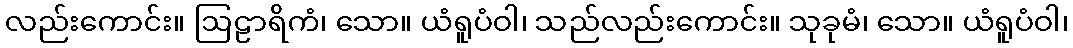
လည်းကောင်း။ ဩဠာရိကံ၊ သော။ ယံရူပံဝါ၊ သည်လည်းကောင်း။ သုခုမံ၊ သော။ ယံရူပံဝါ၊